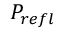
P _ { r e f l }